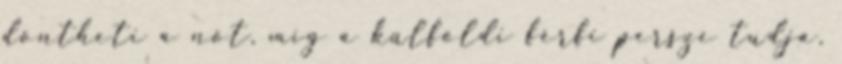
döntheti a nőt, míg a külföldi férfi persze tudja,